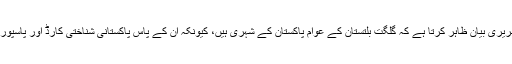
سپریم کورٹ کے فیصلے میں کہا گیا کہ اس کیس میں وفاق کا تحریری بیان ظاہر کرتا ہے کہ گلگت بلتستان کے عوام پاکستان کے شہری ہیں، کیونکہ ان کے پاس پاکستانی شناختی کارڈ اور پاسپورٹ ہیں، ان کے لئے تعلیمی اداروں میں خصوصی کوٹہ موجود ہے۔